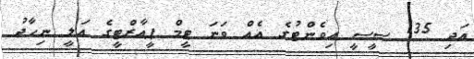
އަދި 135 ސީސީ އިވެންޓުގެ އެއް ވަނަ ޓީމް ޕީއާރްޓީގެ އަލީ ނިހާދު